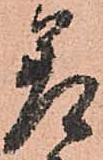
差